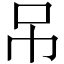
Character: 吊